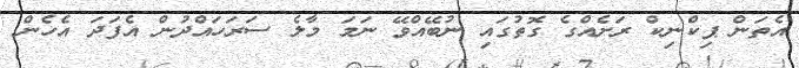
އެތަން ޕިކްނިކް ރަށެއްގެ ގޮތުގައި ނުބޭއްވޭ ނަމަ މާލެ ސަރަހައްދުން އެފަދަ އެހެން